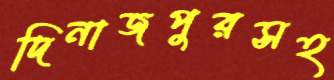
দিনাজপুরসহ